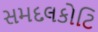
સમદલકોટિ